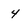
Character: 4